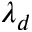
\lambda _ { d }